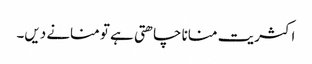
اکثریت منانا چاھتی ہے تو منانے دیں۔